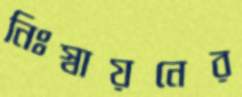
নিঃস্বায়নের